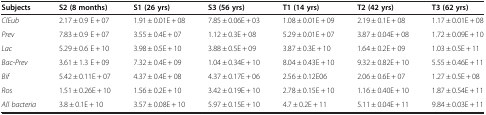
| Subjects | S2 (8 months) | S1 (26 yrs) | S3 (56 yrs) | T1 (14 yrs) | T2 (42 yrs) | T3 (62 yrs) |
 | --- | --- | --- | --- | --- | --- | --- |
 | ClEub | 2.17 ± 0.9 E + 07 | 1.91 ± 0.01E + 08 | 7.85 ± 0.06E + 03 | 1.08 ± 0.01E + 09 | 2.19 ± 0.1E + 08 | 1.17 ± 0.01E + 08 |
 | Prev | 7.83 ± 0.9 E + 07 | 3.55 ± 0.4E + 07 | 1.12 ± 0.3E + 08 | 5.29 ± 0.01E + 07 | 3.87 ± 0.04E + 08 | 1.72 ± 0.09E + 10 |
 | Lac | 5.29 ± 0.6 E + 10 | 3.98 ± 0.5E + 10 | 3.88 ± 0.5E + 09 | 3.87 ± 0.3E + 10 | 1.64 ± 0.2E + 09 | 1.03 ± 0.5E + 11 |
 | Bac-Prev | 3.61 ± 1.3 E + 09 | 7.32 ± 0.4E + 09 | 1.04 ± 0.34E + 10 | 8.04 ± 0.43E + 10 | 9.32 ± 0.82E + 10 | 5.55 ± 0.46E + 11 |
 | Bif | 5.42 ± 0.11E + 07 | 4.37 ± 0.4E + 08 | 4.37 ± 0.17E + 06 | 2.56 ± 0.12E06 | 2.06 ± 0.6E + 07 | 1.27 ± 0.5E + 08 |
 | Ros | 1.51 ± 0.26E + 10 | 1.56 ± 0.2E + 10 | 3.42 ± 0.19E + 10 | 2.78 ± 0.15E + 10 | 1.16 ± 0.40E + 10 | 1.87 ± 0.54E + 11 |
 | All bacteria | 3.8 ± 0.1E + 10 | 3.57 ± 0.08E + 10 | 5.97 ± 0.15E + 10 | 4.7 ± 0.2E + 11 | 5.11 ± 0.04E + 11 | 9.84 ± 0.03E + 11 |